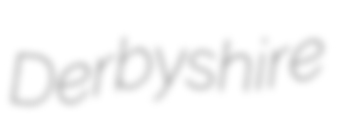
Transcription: Derbyshire